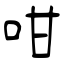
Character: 咁